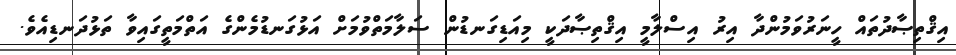
އިޤްތިޞާދުތައް ހީނަރުވަމުންދާ އިރު އިސްލާމީ އިޤްތިޞާދަކީ މިއަޑިގަނޑުން ސަލާމަތްވުމަށް އަޅުގަނޑުމެންގެ އަތްމަތީގައިވާ ތަޅުދަނޑިއެވެ.